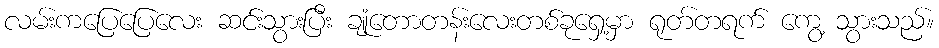
လမ်းကပြေပြေလေး ဆင်းသွားပြီး ချုံတောတန်းလေးတစ်ခုရှေ့မှာ ရုတ်တရက် ကွေ့ သွားသည်။